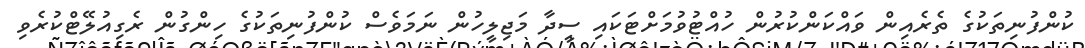
ކުންފުނިތަކުގެ ތެރެއިން ވައްކަންކުރުން ހުއްޓުވުމަށްޓަކައި ސީދާ މަޖިލީހުން ނަމަވެސް ކުންފުނިތަކުގެ ހިންގުން ރެގިއުލޭޓްކުރެވި